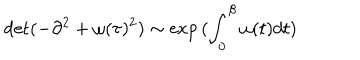
LaTeX: \det ( - \partial ^ { 2 } + \omega ( \tau ) ^ { 2 } ) \sim \exp { ( \int _ { 0 } ^ { \beta } \omega ( t ) d t ) }